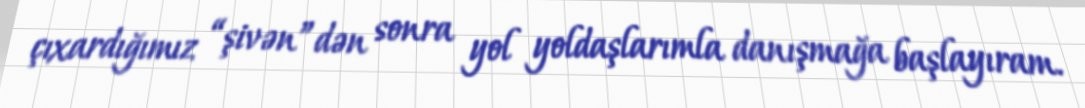
çıxardığımız “şivən”dən sonra yol yoldaşlarımla danışmağa başlayıram.